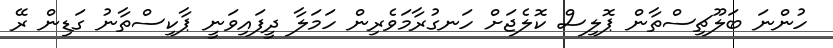
ހުންނަ ބަލޫޗިސްތާން ޕޮލިސް ކޮލެޖަށް ހަނގުރާމަވެރިން ހަމަލާ ދީފައިވަނީ ޕާކިސްތާނު ގަޑިން ރޭ